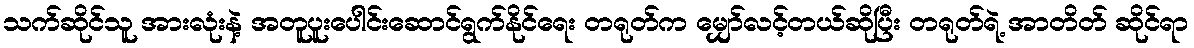
သက်ဆိုင်သူ အားလုံးနဲ့ အတူပူးပေါင်းဆောင်ရွက်နိုင်ရေး တရုတ်က မျှော်လင့်တယ်ဆိုပြီး တရုတ်ရဲ့ အာတိတ် ဆိုင်ရာ